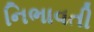
નિભાવતી